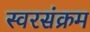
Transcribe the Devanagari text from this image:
स्वरसंक्रम